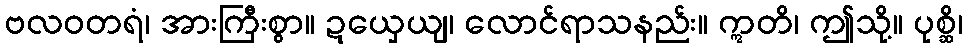
ဗလဝတရံ၊ အားကြီးစွာ။ ဍယှေယျ၊ လောင်ရာသနည်း။ ဣတိ၊ ဤသို့။ ပုစ္ဆိ၊